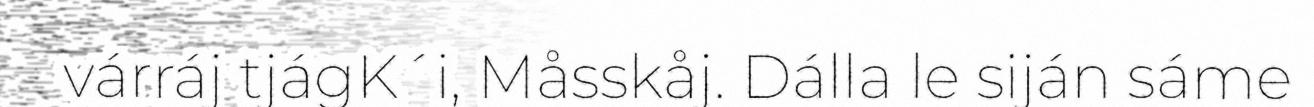
várráj tjágK´i, Måsskåj. Dálla le siján sáme